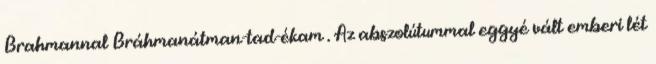
Brahmannal Bráhmanátman-tad-ékam . Az abszolútummal eggyé vált emberi lét